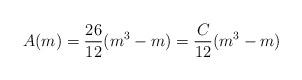
LaTeX: \begin{align*}A(m)=\frac{26}{12}(m^3-m) = \frac{C}{12}(m^{3}-m)\end{align*}